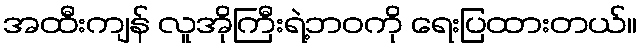
အထီးကျန် လူအိုကြီးရဲ့ဘဝကို ရေးပြထားတယ်။